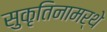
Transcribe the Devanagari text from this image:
सुकृतिनामर्थे